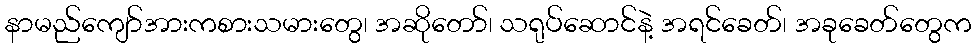
နာမည်ကျော်အားကစားသမားတွေ၊ အဆိုတော်၊ သရုပ်ဆောင်နဲ့ အရင်ခေတ်၊ အခုခေတ်တွေက